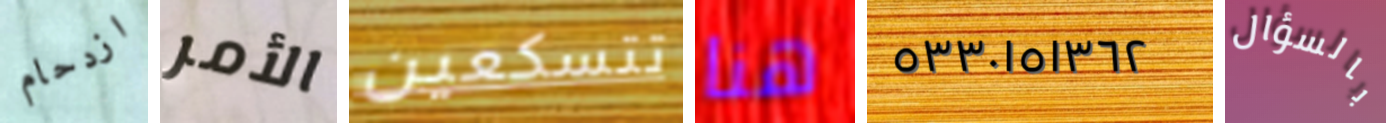
ازدحام الأمر تتسكعين هنا ٥٣٣٠١٥١٣٦٢ بالسؤال